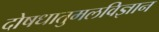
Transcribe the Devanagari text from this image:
दोषधातुमलविज्ञान